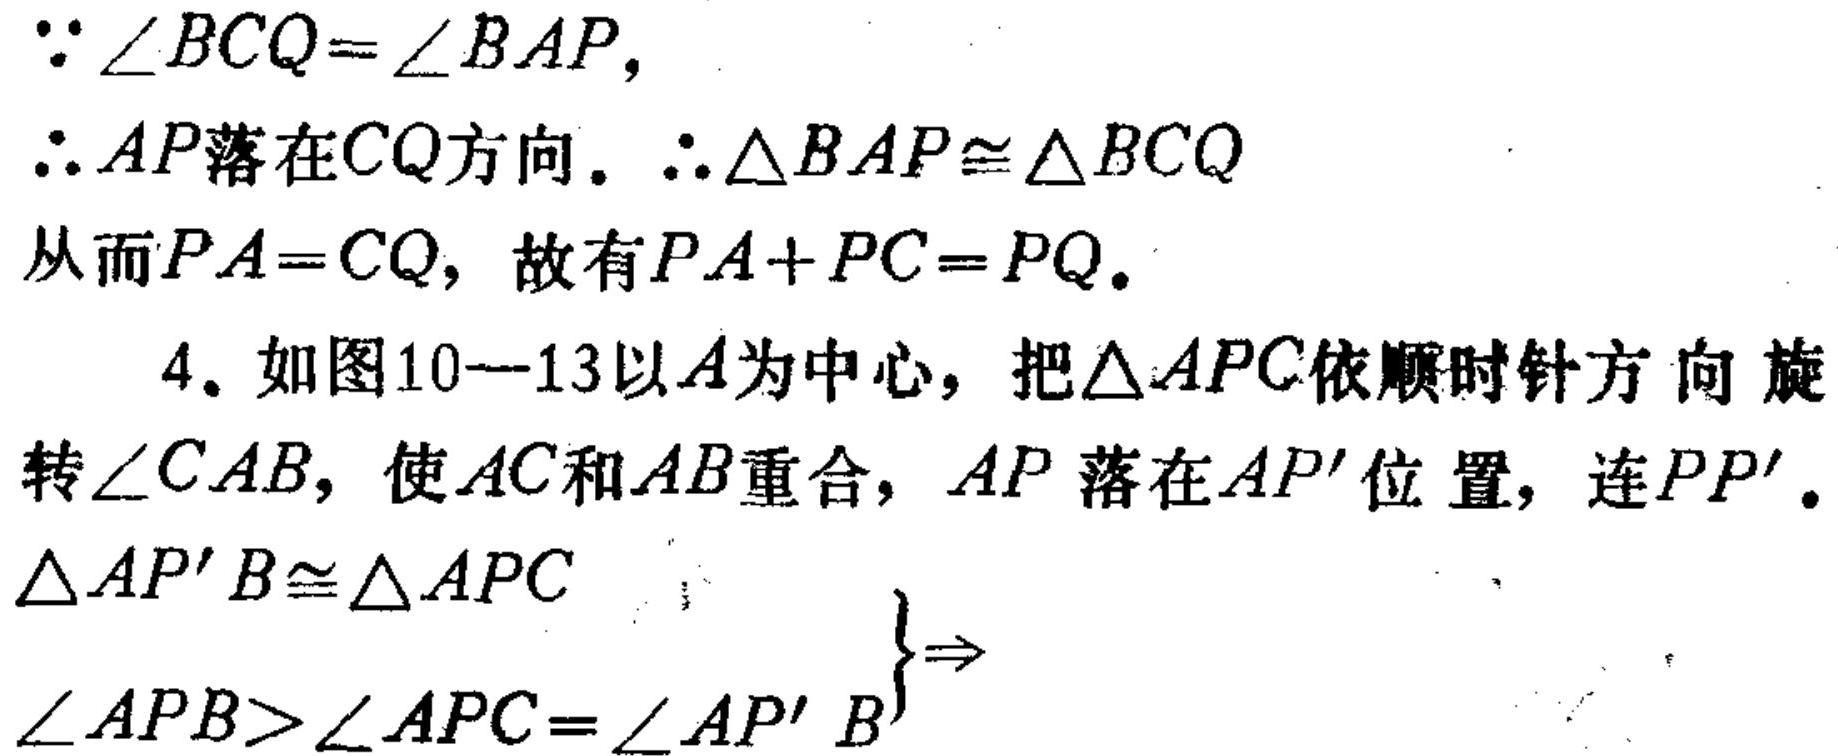
\(\because \angle BCQ=\angle BAP,\)
\(\therefore AP\)落在\(CQ\)方向. \(\therefore \triangle BAP\cong \triangle BCQ\)
从而\(PA = CQ\), 故有\(PA + PC=PQ\).

4. 如图\(10 - 13\)以\(A\)为中心，把\(\triangle APC\)依顺时针方向旋转\(\angle CAB\), 使\(AC\)和\(AB\)重合, \(AP\) 落在\(AP'\)位置, 连\(PP'\).
\(\begin{cases}
\triangle AP'B\cong \triangle APC \\
\angle APB>\angle APC=\angle AP'B
\end{cases}\Rightarrow\)